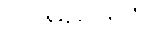
သာမညဖလံ